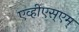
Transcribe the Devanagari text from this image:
एव्हीएस्एम्